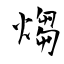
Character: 煼